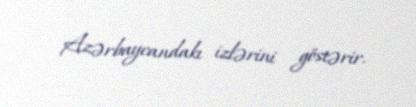
Azərbaycandakı izlərini göstərir.